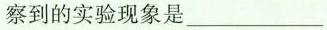
察到的实验现象是___